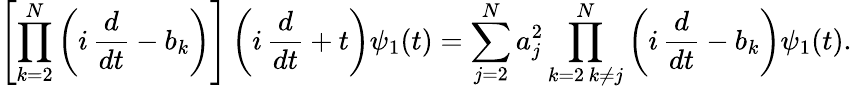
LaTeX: \left[\prod_{k=2}^{N}\left(i\, \frac{d}{dt}-b_{k}\right)\right]\left(i\, \frac{d}{dt}+t\right)\psi_{1}(t)=\sum_{j=2}^{N}a_{j}^{2}\prod_{\substack{k=2\, k\ne j}}^{N}\left(i\, \frac{d}{dt}-b_{k}\right)\psi_{1}(t).